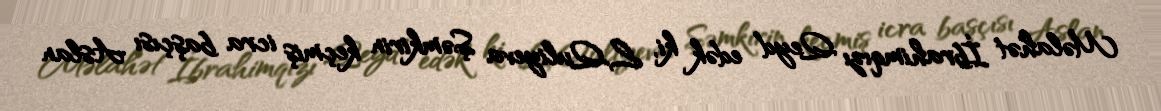
Məlahət İbrahimqızı Qeyd edək ki, L.Quliyeva Şəmkirin keçmiş icra başçısı Aslan